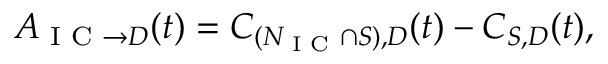
\begin{array} { r } { A _ { \textrm { I C } \rightarrow D } ( t ) = C _ { ( N _ { \textrm { I C } } \cap S ) , D } ( t ) - C _ { S , D } ( t ) , } \end{array}